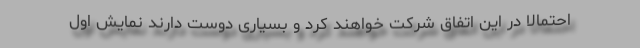
احتمالا در این اتفاق شرکت خواهند کرد و بسیاری دوست دارند نمایش اول